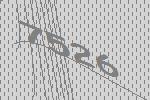
7526